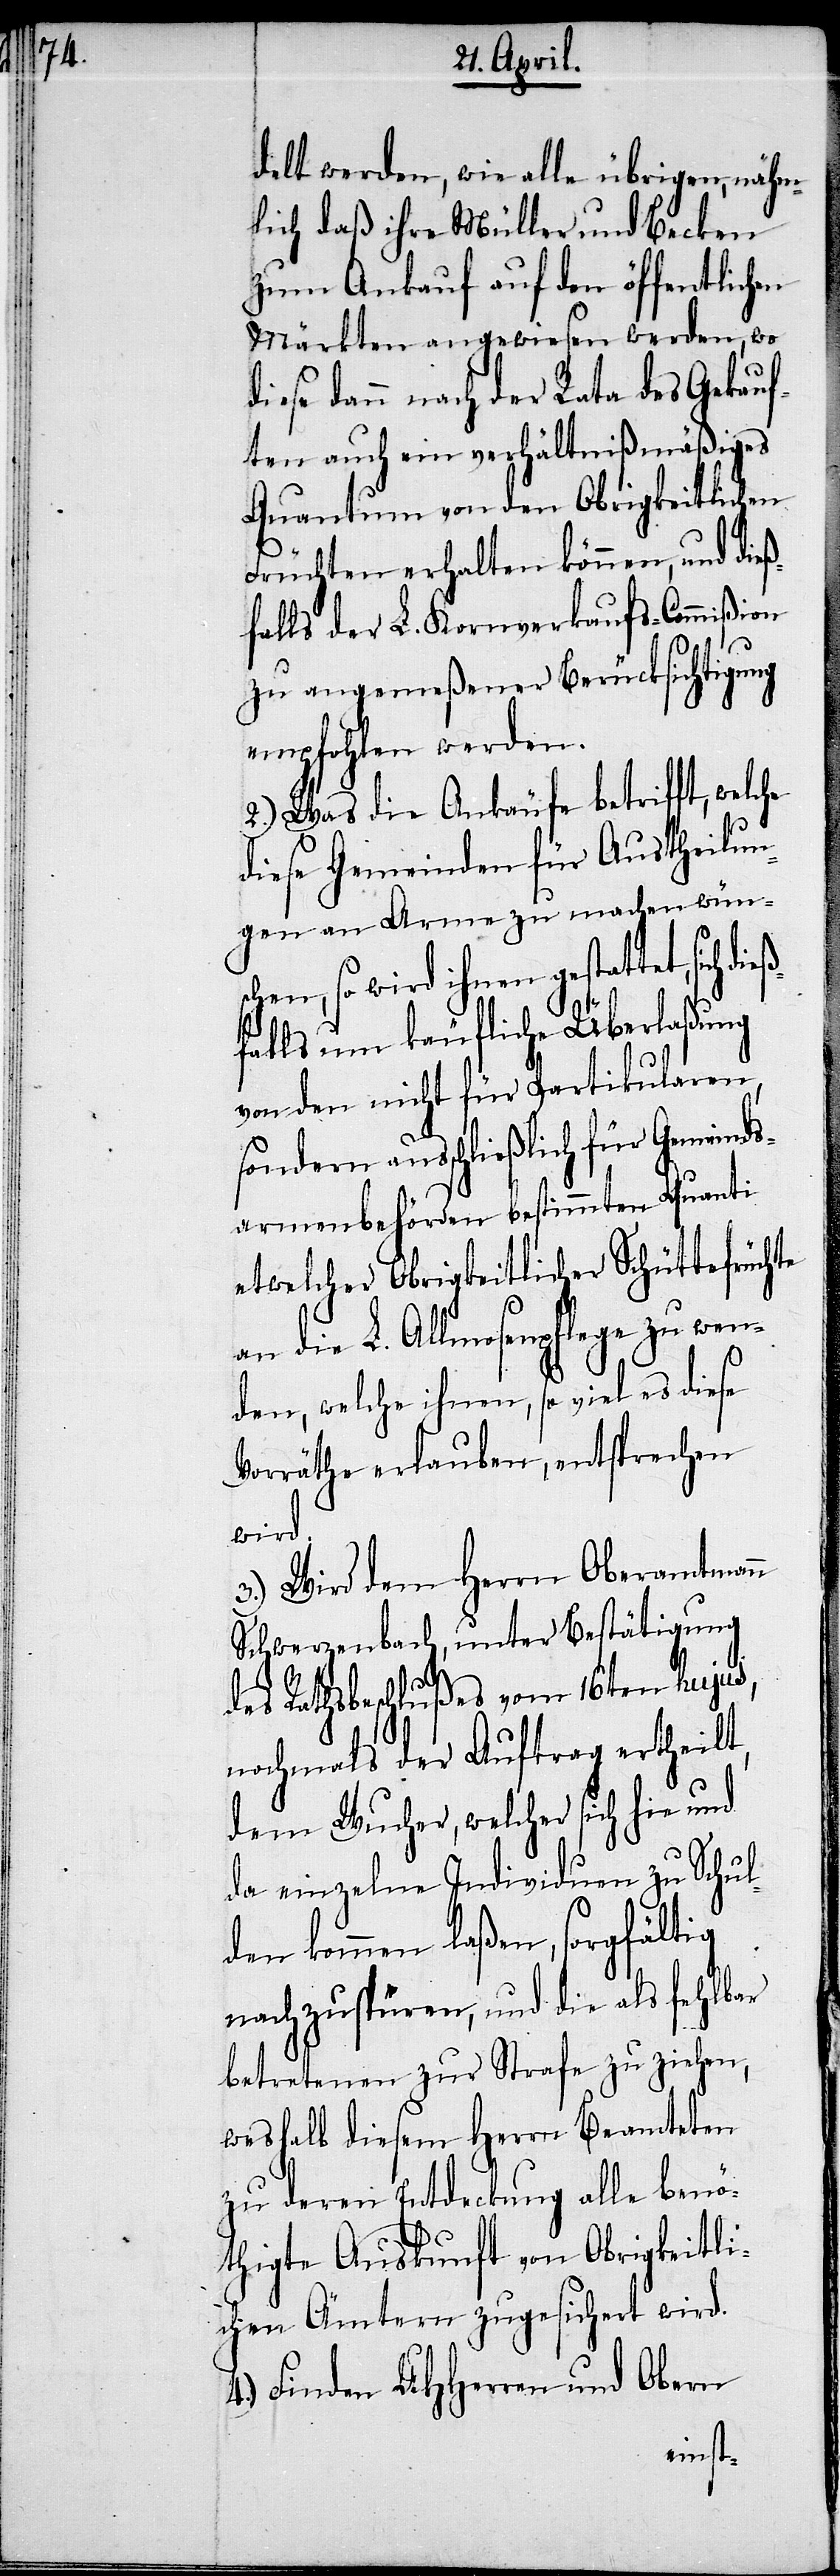
delt werden, wie alle übrigen, nähm¬
lich, daß ihre Müller und Becken
zum Ankauf auf den öffentlichen
Märkten angewiesen werden, wo
diese dann nach der Rata des Gekauf¬
ten auch ein verhältnißmäßiges
Quantum von den Obrigkeitlichen
Früchten erhalten können, und dieß¬
falls der L. Kornverkaufs-Commißion
zu angemeßener Berücksichtigung
empfohlen werden.
2.) Was die Ankäufe betrifft, welche
diese Gemeinden für Austheilun¬
gen an Arme zu machen wüns¬
chen, so wird ihnen gestattet, sich
falls um käufliche Überlaßung
von den nicht für Partikularen,
sondern ausschließlich für Gemeinds¬
armenbehörden bestimmten Quanti
etwelcher Obrigkeitlicher Schüttefrüchte
an die L. Allmosenpflege zu wen¬
den, welche ihnen, so viel es diese
Vorräthe erlauben, entsprechen
wird.
3.) Wird dem Herrn Oberamtmann
Schwerzenbach, unter Bestätigung
des Rathsbeschlußes vom 16ten hujus,
nochmals der Auftrag ertheilt,
dem Wucher, welcher sich hie und
da einzelne Individuen zu Schul¬
den kommen laßen, sorgfältig
nachzuspüren, und die als fehlbar
betretenen zur Strafe zu ziehen,
weshalb diesem Herrn Beamteten
zu deren Entdeckung alle benö¬
thigte Auskunft von Obrigkeitli¬
chen Ämtern zugesichert wird.
4.) Finden UHHerren und Obern